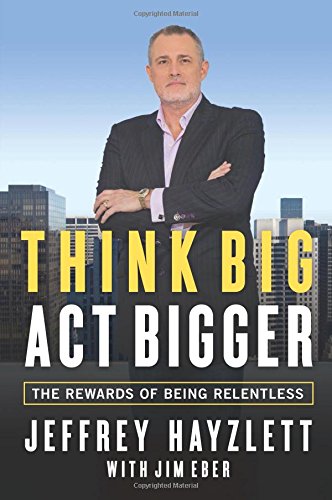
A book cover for Think Big, Act Bigger: The Rewards of Being Relentless; Jeffrey W. Hayzlett; Business & Money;